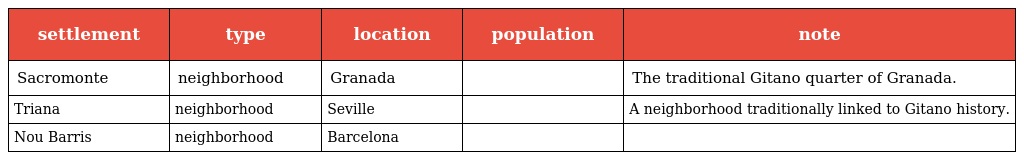
| settlement | type | location | population | note |
 | --- | --- | --- | --- | --- |
 | Sacromonte | neighborhood | Granada |  | The traditional Gitano quarter of Granada. |
 | Triana | neighborhood | Seville |  | A neighborhood traditionally linked to Gitano history. |
 | Nou Barris | neighborhood | Barcelona |  |  |